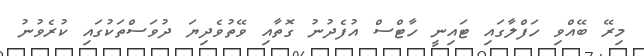
މިރޭ ބޭއްވި ހަފްލާގައި ޓައިނީ ހާޓްސް އުފެދުނު ގޮތާއި ވޭތުވެދިޔަ ދުވަސްތަކުގައި ކުރެވުނު